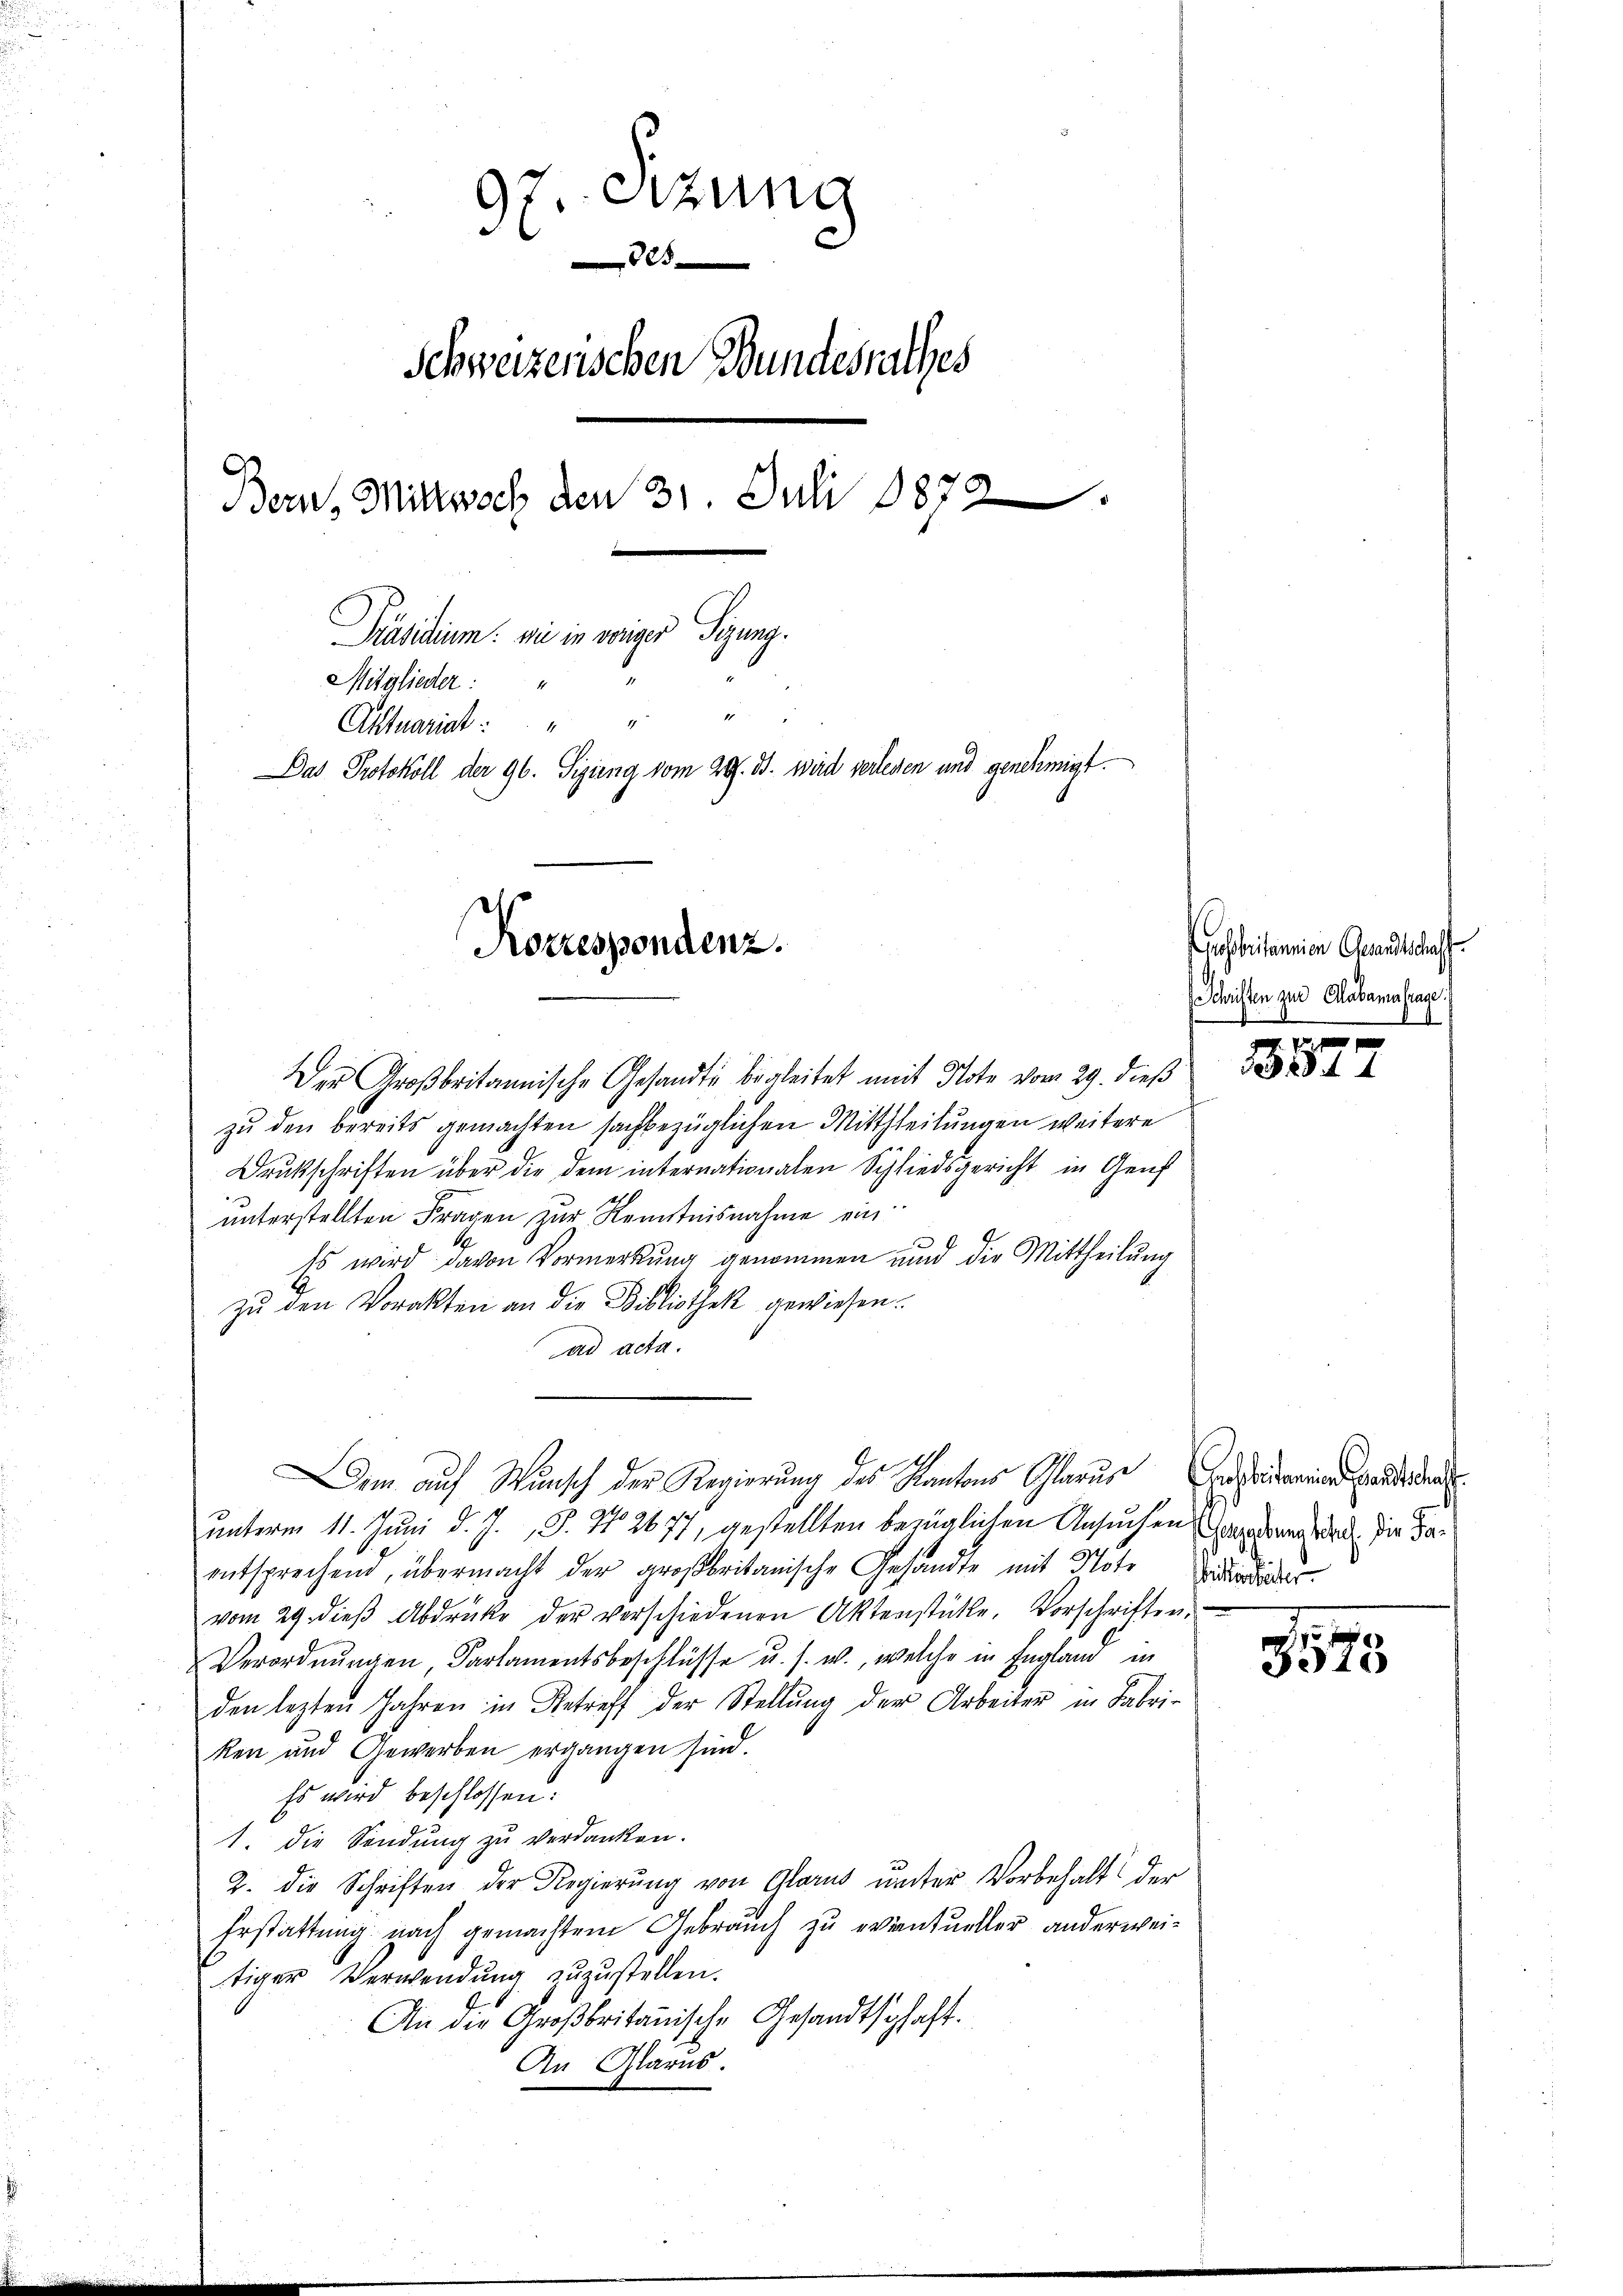
97. Sitzung

Schweizenschen Bundesrathes
Bern, Mittwoch den 31. Juli 1872
Präsidium: wie in weiger Sigung.
Mitglieder: "
Aktuariat
Das Protokoll der 96. Sigung vom 20. B. wird verlesen und genehmigt.

Korrespondenz.

Der Großbritannische Gesandte begleitet mit Note vom 29. dieß
zu den bereits gemachten sachbezüglichen Mittheilungen weitere
Drukschriften über die dem internationalen Schliedsgericht in Genf
unterstellten Fragen zur Kenntnisnahme ein:
Es wird davon Vormerkung genommen und die Mittheilung
zu den Vorakten an die Bibliothek gewiesen.
ad acta.
unterm 11. Juni d. J. J. No 2677, gestellten bezüglichen Ansuchen Empfang der Dir daentsprechend, übermacht der großbritanische Gesandte mit Note der
vom 29. dieβ Abdrüke der verschiedenen Aktenstühle. Vorschriften.
Verordnungen, Parlamentsbeschlüsse u. s. w., welche in England in
den lezten Jahren in Betreff der Stellŭng der Arbeiter in Fabri-
ken und Gewerben ergangen sind.
Es wird beschlossen:
1. die Sendung zu verdanken.
2. die Schriften der Regierung von Glarus unter Vorbehalt der
Erstattung nach gemachtem Gebrauch zu eventueller anderweitiger Verwendŭng zŭzŭstellen.
An die Großbritanische Gesandtschaft.
An Glarus.

Dem auf Wunsch der Regierung des Kantons Glarus In die Hand da

esobritannien Gesandtschaff
Schriften und Mabamahage
6
A
.

x
3284

5 x
3310